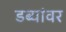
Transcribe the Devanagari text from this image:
डब्यांवर